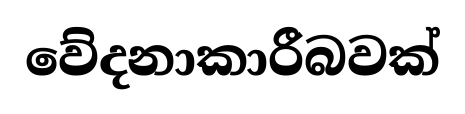
වේදනාකාරීබවක්